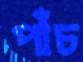
পাঁচ